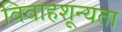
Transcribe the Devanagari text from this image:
विवाहशून्यता